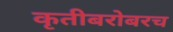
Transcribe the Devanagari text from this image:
कृतीबरोबरच